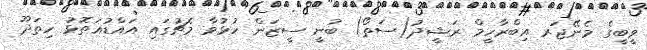
ވީބީގެ މެނޭޖަރ އިބްރާހީމް ރަޝީދު(ސަތޯ) ބުނީ ސީޒަން ހުޅުވާ މެޗުގައި އައްޑުއަތޮޅު ހިތަދޫ